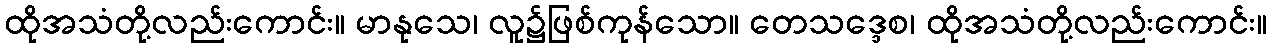
ထိုအသံတို့လည်းကောင်း။ မာနုသေ၊ လူ၌ဖြစ်ကုန်သော။ တေသဒ္ဒေစ၊ ထိုအသံတို့လည်းကောင်း။